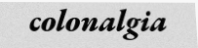
colonalgia